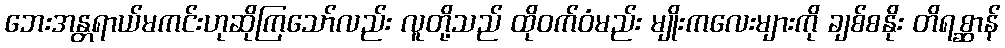
ဘေးအန္တရာယ်မကင်းဟုဆိုကြသော်လည်း လူတို့သည် ထိုဝက်ဝံမည်း မျိုးကလေးများကို ချစ်စနိုး တိရစ္ဆာန်